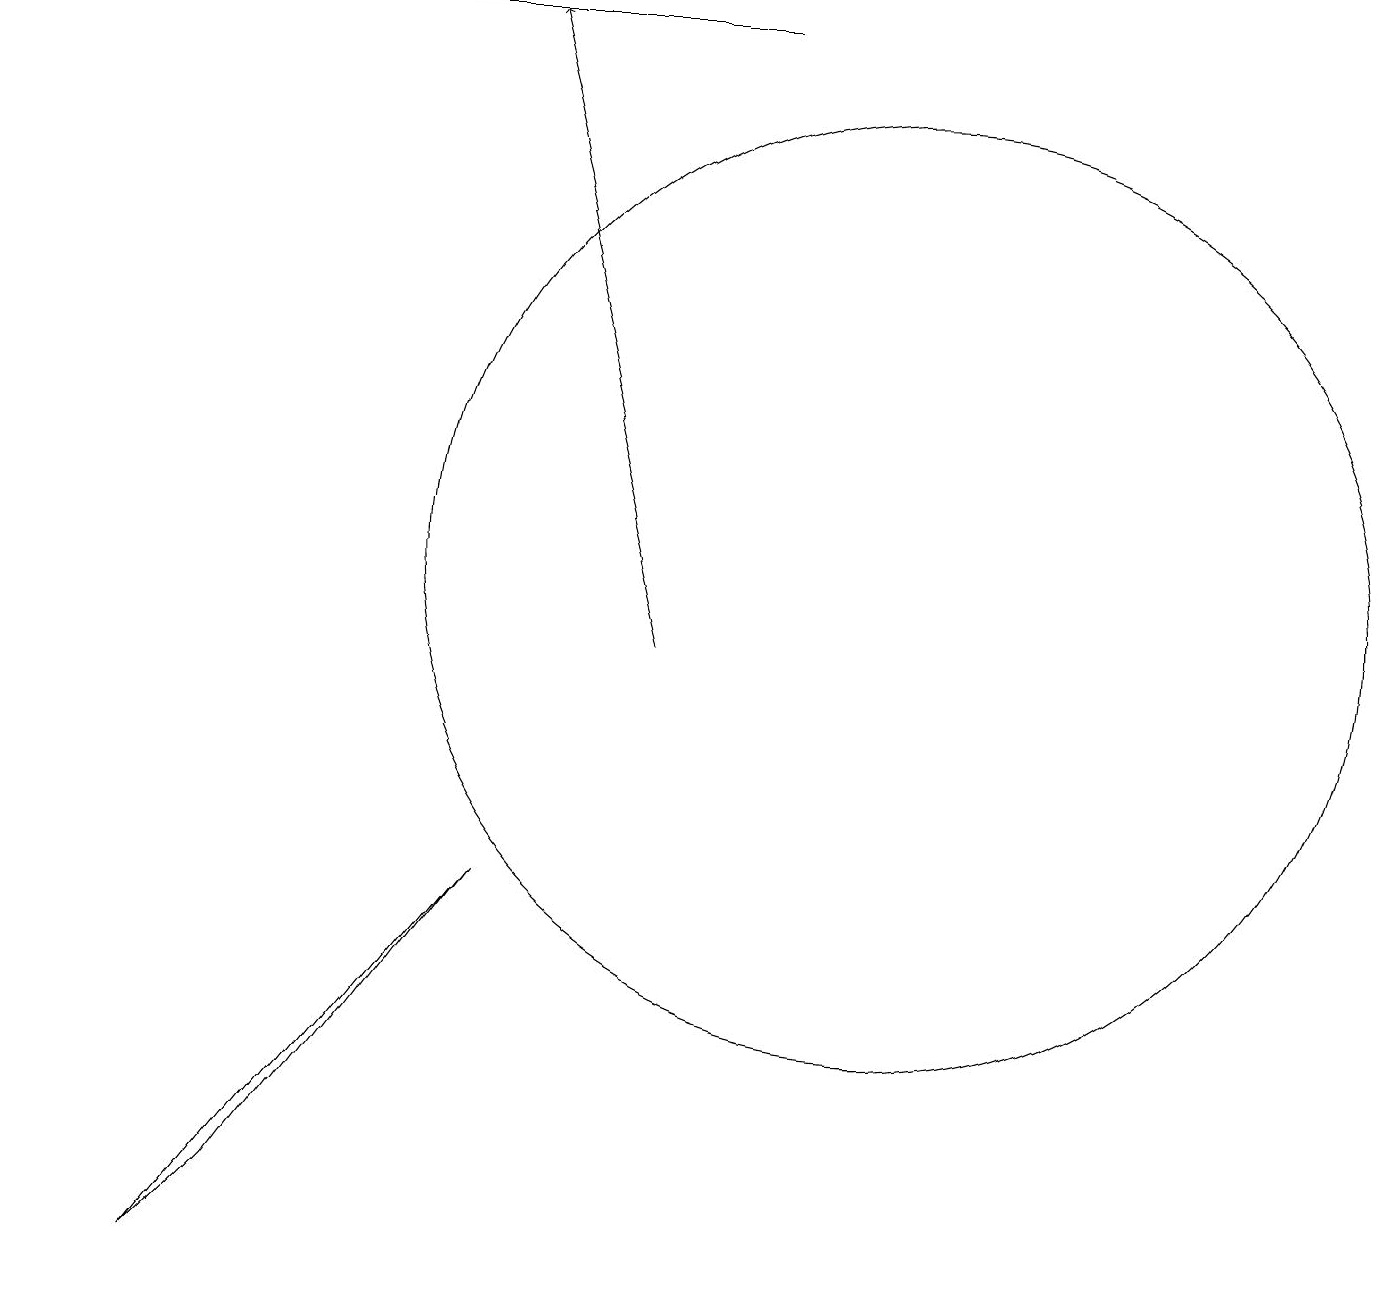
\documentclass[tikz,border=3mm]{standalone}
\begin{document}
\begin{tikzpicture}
\draw (6,7) -- (3,3) -- (2,2) -- cycle;
\draw[->] (8,10) -- (6,18);
\draw (0,18) rectangle (9,18);
\draw (11,11) circle (6);
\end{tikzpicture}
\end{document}